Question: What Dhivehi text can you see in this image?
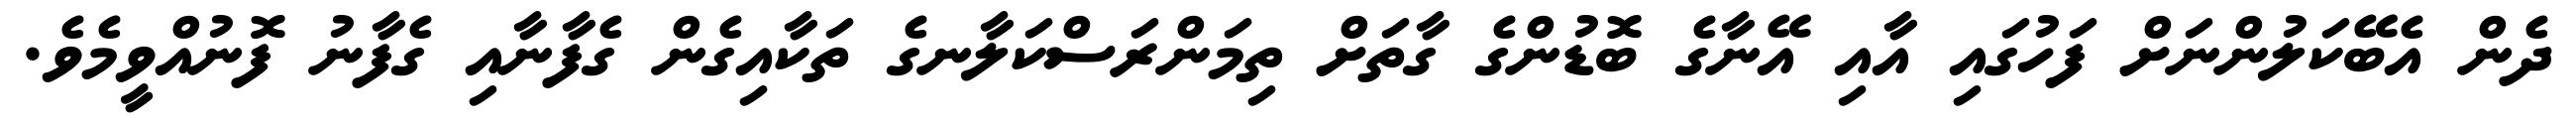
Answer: ދެން އެބޭކަލުންނަށް ފަހުގައި އާއި އޭނާގެ ބޮޑުންގެ ގާތަށް ތިމަންރަސްކަލާނގެ ތަކާއިގެން ގެފާނާއި ގެފާނު ފޮނުއްވީމެވެ.